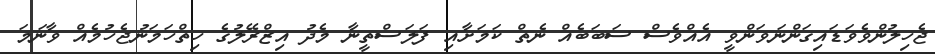
ޖެހިލުންވެވަޑައިގަންނަވަންވީ އެއްވެސް ސަބަބެއް ނެތް ކަމަށާއި ފަލަސްތީނާ މެދު އިޒްރޭލުގެ ހިތްހަަމަނުޖެހުމެއް ވާނަމަ